Vaccination in the Punjab 1919-1929 - 1919-1929
Year: 1919
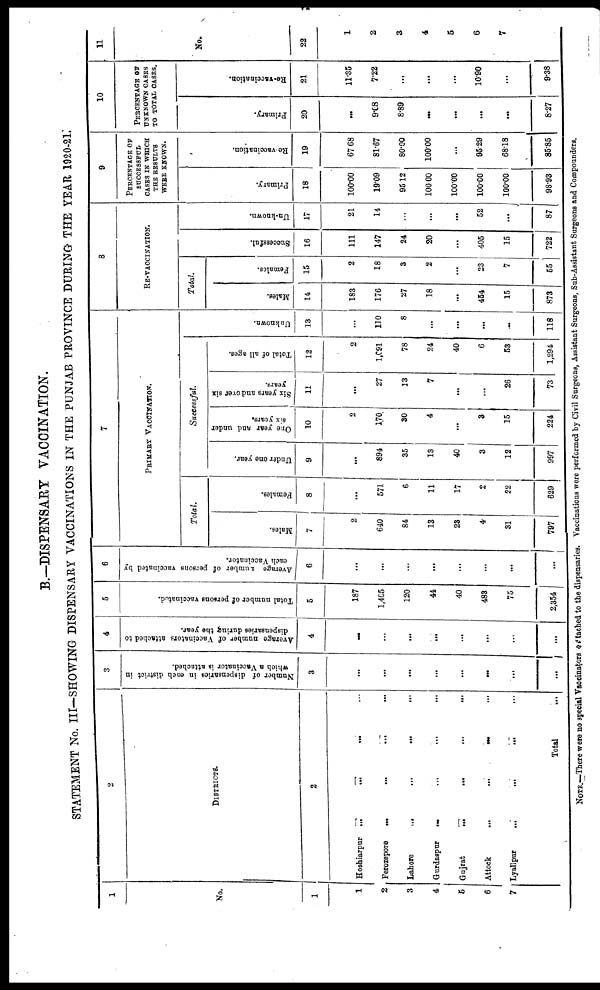
B.-DISPENSARY VACCINATION.
STATEMENT No. III—SHOWING DISPENSARY VACCINATIONS IN THE PUNJAB PROVINCE DURING THE YEAR 1920-21.
1
No.
1
1
2
3
4
5
6
7
2
DISTRICTS.
2
Hoshiarpur ...
...
... ...
Ferozepore
...
...
...
...
Lahore
...
...
... ...
Gurdaspur ... ... ... ...
Gujrat
...
...
...
...
Attock
...
...
...
...
Lyallpur
...
...
... ...
Total ...
3
Number of dispensaries in each district in
which a Vaccinator is attached.
3
...
...
...
...
...
...
...
...
4
Average number of Vaccinators attached to
dispensaries during the year.
4
...
...
...
...
...
...
...
...
5
Total number of persona vaccinated.
5
187
1,405
120
44
40
483
75
2,354
6
Average number of persons vaccinated by
each Vaccinator.
6
...
...
...
...
...
...
...
...
7
PRIMARY VACCINATION.
Total.
Males.
7
2
640
84
13
23
4
31
797
Females.
8
...
571
6
11
17
2
22
629
Successful.
Under one year.
9
...
894
35
13
40
3
12
997
One year and under
six years.
10
2
170
30
4
...
3
15
224
Six years and over six
years.
11
...
27
13
7
...
...
26
73
Total of all ages.
12
2
1,091
78
24
40
6
53
1,294
Unknown.
13
...
110
8
...
...
...
...
118
8
RE-VACCINATION.
Total.
Males.
14
183
176
27
18
...
454
15
873
Females.
15
2
18
3
2
...
23
7
55
Successful.
16
111
147
24
20
...
405
15
722
Un-known.
17
21
14
...
...
52
...
87
9
PERCENTAGE OF
SUCCESSFUL
CASES IN WHICH
THE RESULTS
WERE KNOWN.
Primary.
18
100.00
19.09
95.12
100.00
100.00
100.00
100.00
98.93
Re-vaccination.
19
67.68
81.67
80.00
100.00
...
95.29
68.18
85.85
10
PERCENTAGE OF
UNKNOWN CASES
TO TOTAL CASES.
Primary.
20
...
9.08
8.89
...
...
...
...
8.27
Re-vaccination.
21
11.35
7.22
...
...
...
10.90
...
9.38
11
No.
22
1
2
3
4
5
6
7
NOTE.—There were no special Vaccinators attached to the dispensaries. Vaccinations were performed by Civil Surgeons, Assistant Surgeons. Sub-Assistant Surgeons and Compounders.